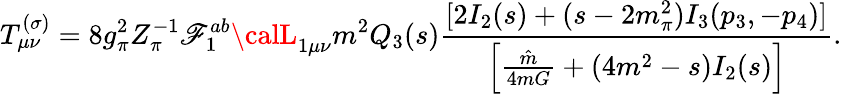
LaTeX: T_{\mu\nu}^{(\sigma)}=8g_{\pi}^{2}Z_{\pi}^{-1}\mathscr{F}_{1}^{ab}{\calL}_{1\mu\nu}m^{2}Q_{3}(s)\frac{{[2I_{2}(s)+(s-2m_{\pi}^{2})I_{3}(p_{3},-p_{4})]}}{{\left[\frac{{\hat{{m}}}}{{4mG}}+(4m^{2}-s)I_{2}(s)\right]}}.